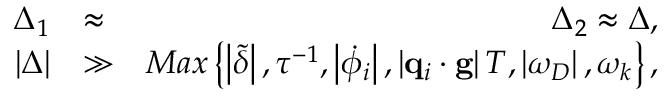
\begin{array} { r l r } { \Delta _ { 1 } } & { \approx } & { \Delta _ { 2 } \approx \Delta , } \\ { \left\vert \Delta \right\vert } & { \gg } & { M a x \left\{ \left\vert \tilde { \delta } \right\vert , \tau ^ { - 1 } , \left\vert \dot { \phi } _ { i } \right\vert , \left\vert \mathbf { q } _ { i } \cdot \mathbf { g } \right\vert T , \left\vert \omega _ { D } \right\vert , \omega _ { k } \right\} , } \end{array}